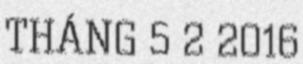
THÁNG 5 2 2016